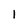
Character: l